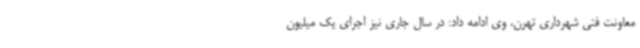
معاونت فنی شهرداری تهرن، وی ادامه داد: در سال جاری نیز اجرای یک میلیون